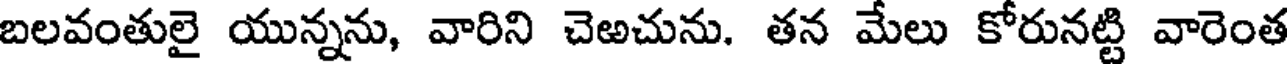
బలవంతులై యున్నను, వారిని చెఱచును. తన మేలు కోరునట్టి వారెంత